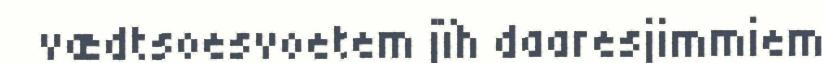
vædtsoesvoetem jïh daaresjimmiem